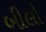
બીલો